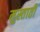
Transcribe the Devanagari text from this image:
मुस्ताती